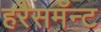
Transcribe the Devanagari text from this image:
हरैसमॅन्ट